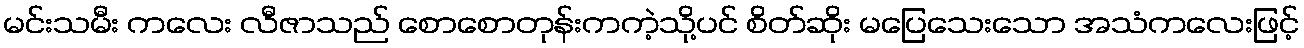
မင်းသမီး ကလေး လီဇာသည် စောစောတုန်းကကဲ့သို့ပင် စိတ်ဆိုး မပြေသေးသော အသံကလေးဖြင့်